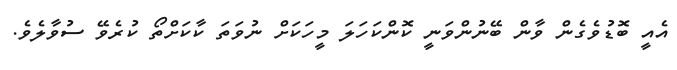
އެއީ ބޮޑުވެގެން ވާން ބޭނުންވަނީ ކޮންކަހަލަ މީހަކަށް ނުވަތަ ކާކަށްތޯ ކުރެވޭ ސުވާލެވެ.